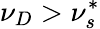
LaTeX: \nu_{D}>\nu_{s}^{*}